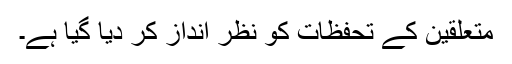
متعلقین کے تحفظات کو نظر انداز کر دیا گیا ہے۔